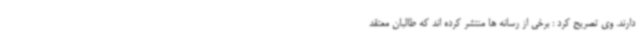
دارند. وی تصریح کرد : برخی از رسانه ها منتشر کرده اند که طالبان معتقد